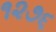
૧૨૭૬